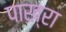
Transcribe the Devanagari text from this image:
पाख्रा